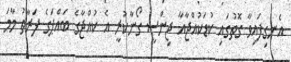
އެނގިފައިވާ ގޮތުގައި ކުޑަކުއްޖާއާ ޖިންސީ ގޯނާކުރީ އެ ކުއްޖާގެ ބައްޕަގެ ފަރާތު މާމަ